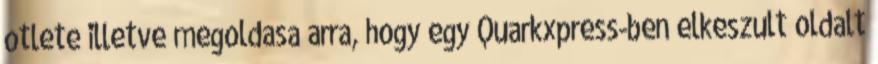
otlete illetve megoldasa arra, hogy egy Quarkxpress-ben elkeszult oldalt